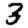
Digit: 3